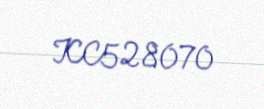
KC528070